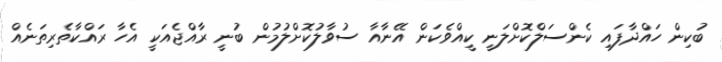
ބުކިން ހައްދާފައި ކެންސަލްކޮށްލަނީ ކީއްވެކަން އޭނާއާ ސުވާލުކޮށްލުމުން ބުނީ ރާއްޖެއަކީ އެހާ ރައްކާތެރިތަނެއް